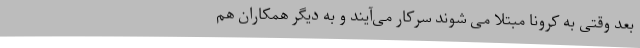
بعد وقتی به کرونا مبتلا می شوند سرکار می‌آیند و به دیگر همکاران هم